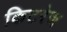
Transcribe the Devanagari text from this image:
किटरेज